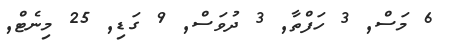
6 މަސް